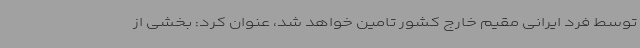
توسط فرد ایرانی مقیم خارج کشور تامین خواهد شد، عنوان کرد: بخشی از